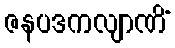
ဇနပဒကလျာဏိံ